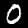
Digit: 0